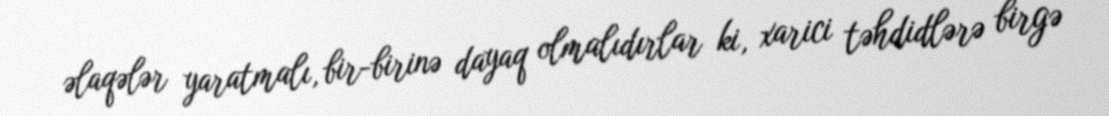
əlaqələr yaratmalı, bir-birinə dayaq olmalıdırlar ki, xarici təhdidlərə birgə